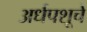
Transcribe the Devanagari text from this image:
अर्धपशूचे